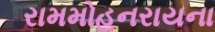
રામમોહનરાયના